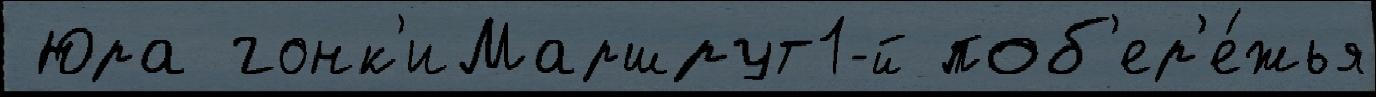
 Юра гонк'иМаршрут1-й поб'ер'е́жья